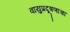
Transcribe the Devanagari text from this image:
वायुप्रदूषणाचा